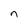
Character: n